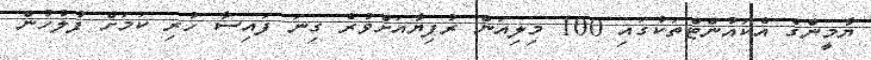
ޔާމީންގެ އެކައުންޓްތަކުގައި 100 މިލިއަން ރުފިޔާއަށްވުރެ ގިނަ ފައިސާ ހުރި ކަމަށް ފުލުހުން